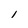
Character: 1